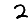
Digit: 2